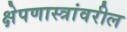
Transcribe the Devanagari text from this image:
क्षेपणास्त्रांवरील